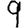
Digit: 9